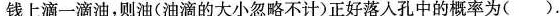
钱上滴一滴油，则油(油滴的大小忽略不计)正好落入孔中的概率为().